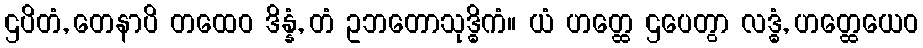
ဌပိတံ, တေနာပိ တထေဝ ဒိန္နံ, တံ ဥဘတောသုဒ္ဓိကံ။ ယံ ဟတ္ထေ ဌပေတွာ လဒ္ဓံ, ဟတ္ထေယေဝ